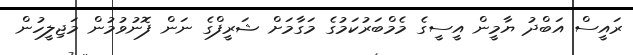
ރައީސް އަބްދު ޔާމީން އީސީގެ މެމްބަރުކަމުގެ މަގާމަށް ޝަރީފްގެ ނަން ފޮނުވުމުން މަޖިލީހުން